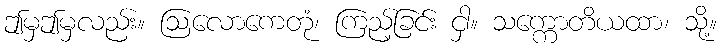
ဤမှဤမှလည်း။ ဩလောကေတုံ၊ ကြည့်ခြင်း ငှါ။ သက္ကောတိယထာ၊ သို့။